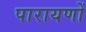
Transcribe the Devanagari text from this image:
पारायणों